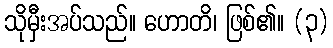
သိုမှီးအပ်သည်။ ဟောတိ၊ ဖြစ်၏။ (၃)